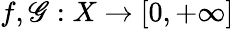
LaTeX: f,\mathscr{G}:X\to[0,+\infty]